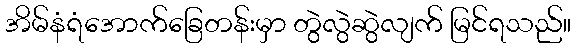
အိမ်နံရံအောက်ခြေတန်းမှာ တွဲလွဲဆွဲလျက် မြင်ရသည်။